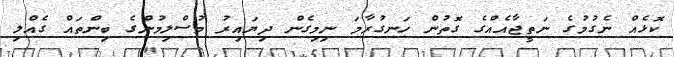
ކޮޅެއް ނެގުމުގެ ނަތީޖާއެއްގެ ގޮތުން ހަނގުރާމަ ނިމިގެން ދިޔައިރު މުސްލިމުންގެ ބިންތައް ގެއްލި